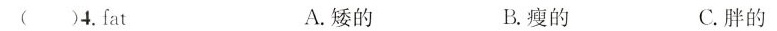
( )4.fat A.矮的 B.瘦的 C.胖的